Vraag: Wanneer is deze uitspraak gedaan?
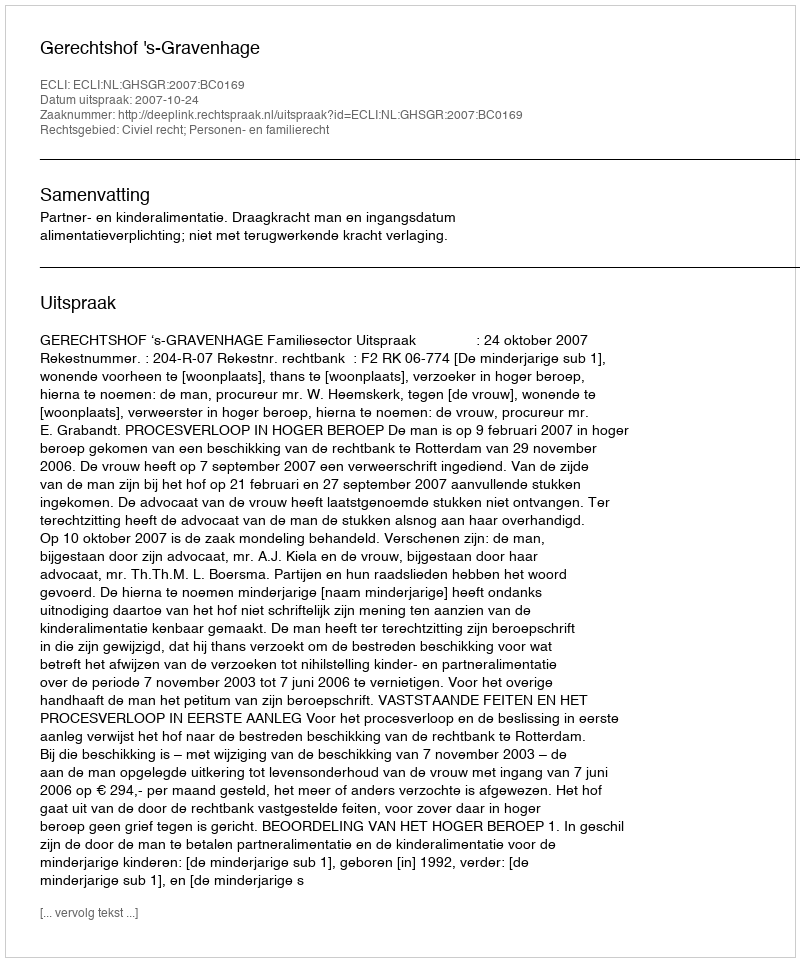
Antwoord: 2007-10-24